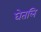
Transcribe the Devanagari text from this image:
घेतलि